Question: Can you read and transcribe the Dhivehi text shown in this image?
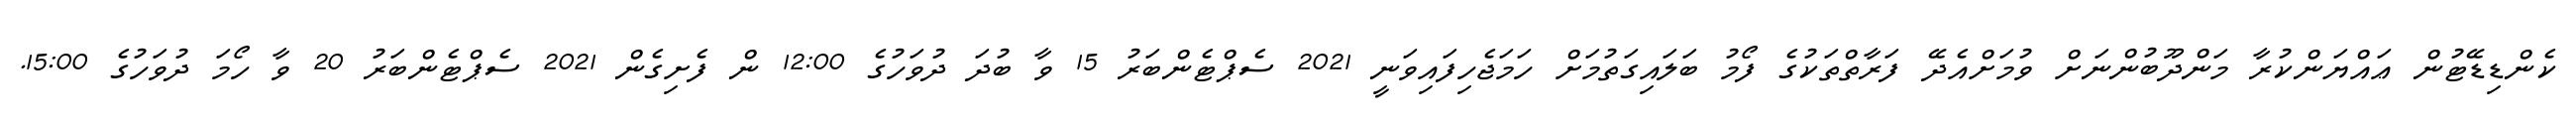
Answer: ކެންޑިޑޭޓުން ޢައްޔަންކުރާ މަންދޫބުންނަށް ވުމަށްއެދޭ ފަރާތްތަކުގެ ފޯމު ބަލައިގަތުމަށް ހަމަޖެހިފައިވަނީ 2021 ސެޕްޓެންބަރު 15 ވާ ބުދަ ދުވަހުގެ 12:00 ން ފެށިގެން 2021 ސެޕްޓެންބަރު 20 ވާ ހޯމަ ދުވަހުގެ 15:00.